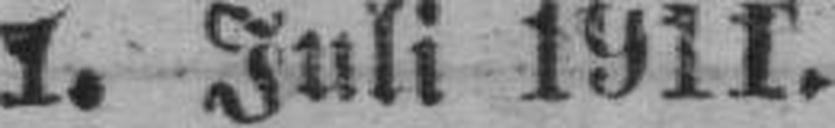
1. Juli 1911.